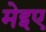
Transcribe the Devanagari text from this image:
मेइए